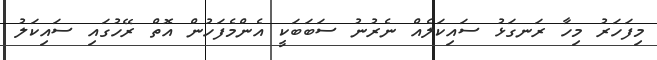
މިފަހަރު މިހާ ރަނގަޅު ސައިކަލެއް ނެރުނު ސަބަބަކީ އެންމެފަހުން އޮތް ރޭހުގައި ސައިކަލު